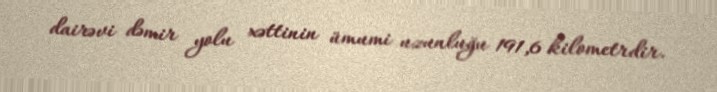
dairəvi dəmir yolu xəttinin ümumi uzunluğu 191,6 kilometrdir.